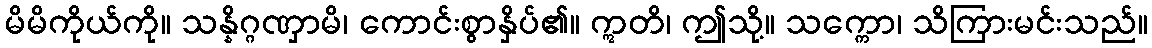
မိမိကိုယ်ကို။ သန္နိဂ္ဂဏှာမိ၊ ကောင်းစွာနှိပ်၏။ ဣတိ၊ ဤသို့။ သက္ကော၊ သိကြားမင်းသည်။